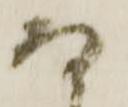
而